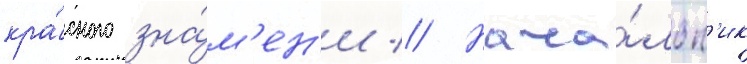
кра́сного зна́м'ен'и // Нача́льн'ик